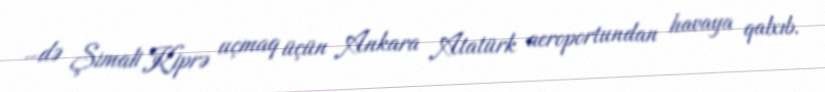
–də Şimali Kiprə uçmaq üçün Ankara Atatürk aeroportundan havaya qalxıb.